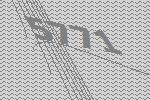
5771